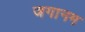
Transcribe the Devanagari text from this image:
जगानम